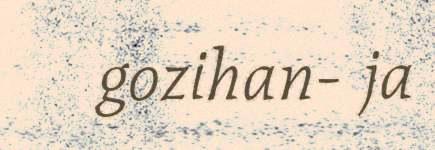
gozihan- ja